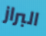
البراز